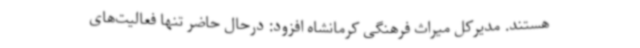
هستند. مدیرکل میراث فرهنگی کرمانشاه افزود: درحال حاضر تنها فعالیت‌های